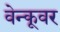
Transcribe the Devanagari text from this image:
वेन्कूवर